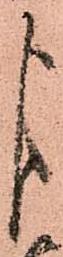
よ